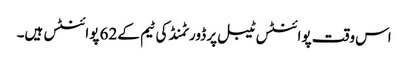
اس وقت پوائنٹس ٹیبل پر ڈورٹمنڈ کی ٹیم کے 62 پوائنٹس ہیں۔